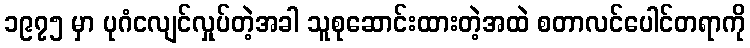
၁၉၇၅ မှာ ပုဂံငလျင်လှုပ်တဲ့အခါ သူစုဆောင်းထားတဲ့အထဲ စတာလင်ပေါင်တရာကို